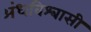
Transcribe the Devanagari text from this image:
अंधविश्‍वासी